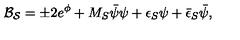
{ \cal B _ { S } } = \pm 2 e ^ { \phi } + M _ { S } \bar { \psi } \psi + \epsilon _ { S } \psi + \bar { \epsilon } _ { S } \bar { \psi } ,